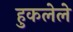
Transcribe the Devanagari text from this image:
हुकलेले